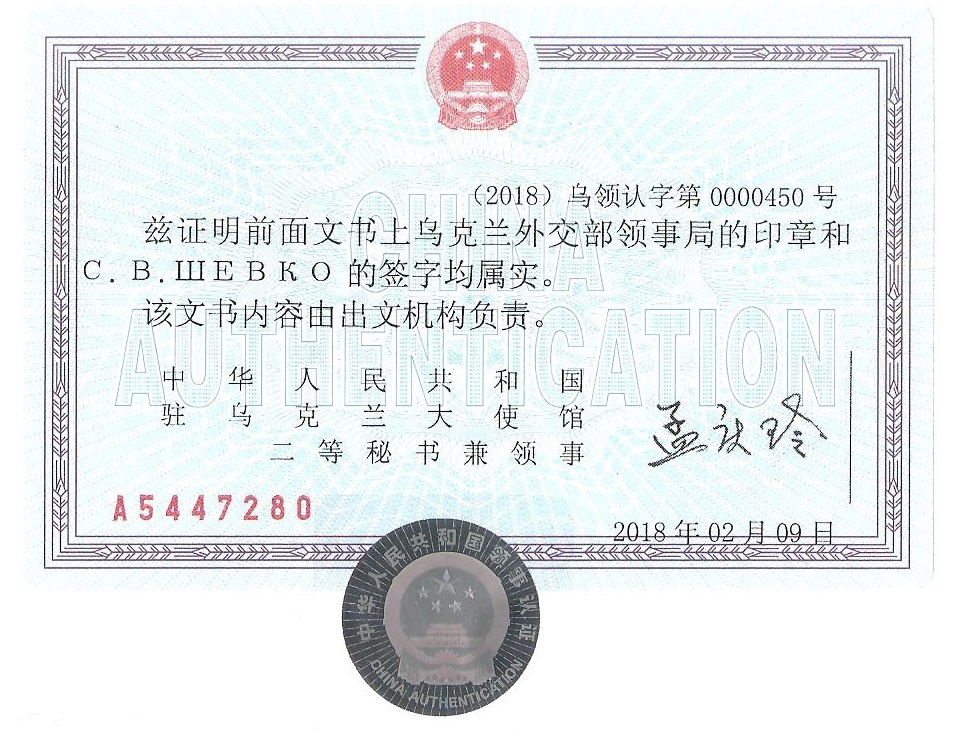
Language: zh